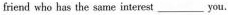
friend who has the same interest ___you.